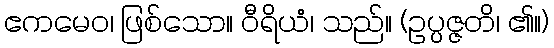
ဧကမေဝ၊ ဖြစ်သော။ ဝီရိယံ၊ သည်။ (ဥပ္ပဇ္ဇတိ၊ ၏။)